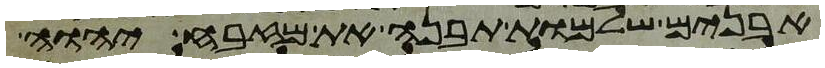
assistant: אבנים שלמות תבנה את מזבח יהוה